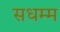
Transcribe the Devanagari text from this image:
सधम्म